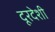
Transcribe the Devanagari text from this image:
दूरदेशी